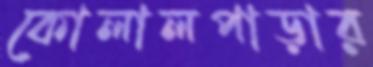
কোলালপাড়ার